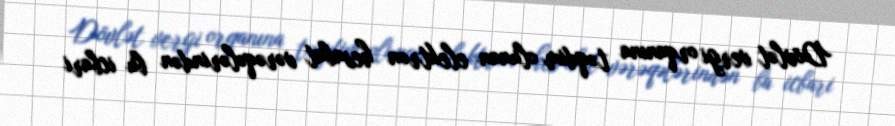
Dövlət vergi orqanına təqdim olunan elektron hesabat vərəqələrindən bu icbari